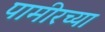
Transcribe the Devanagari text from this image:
पामीरच्या